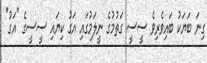
ގިނަ ބަޔަކު ބައިވެރިވެ ސީސީ ގަތުމުގެ ނީލަމުގައި އަގު ކިޔައި ސީސީގެ "އަގު"